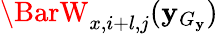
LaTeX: \BarW_{x,i+l,j}(\mathbf{y}_{G_{\mathbf{y}}})